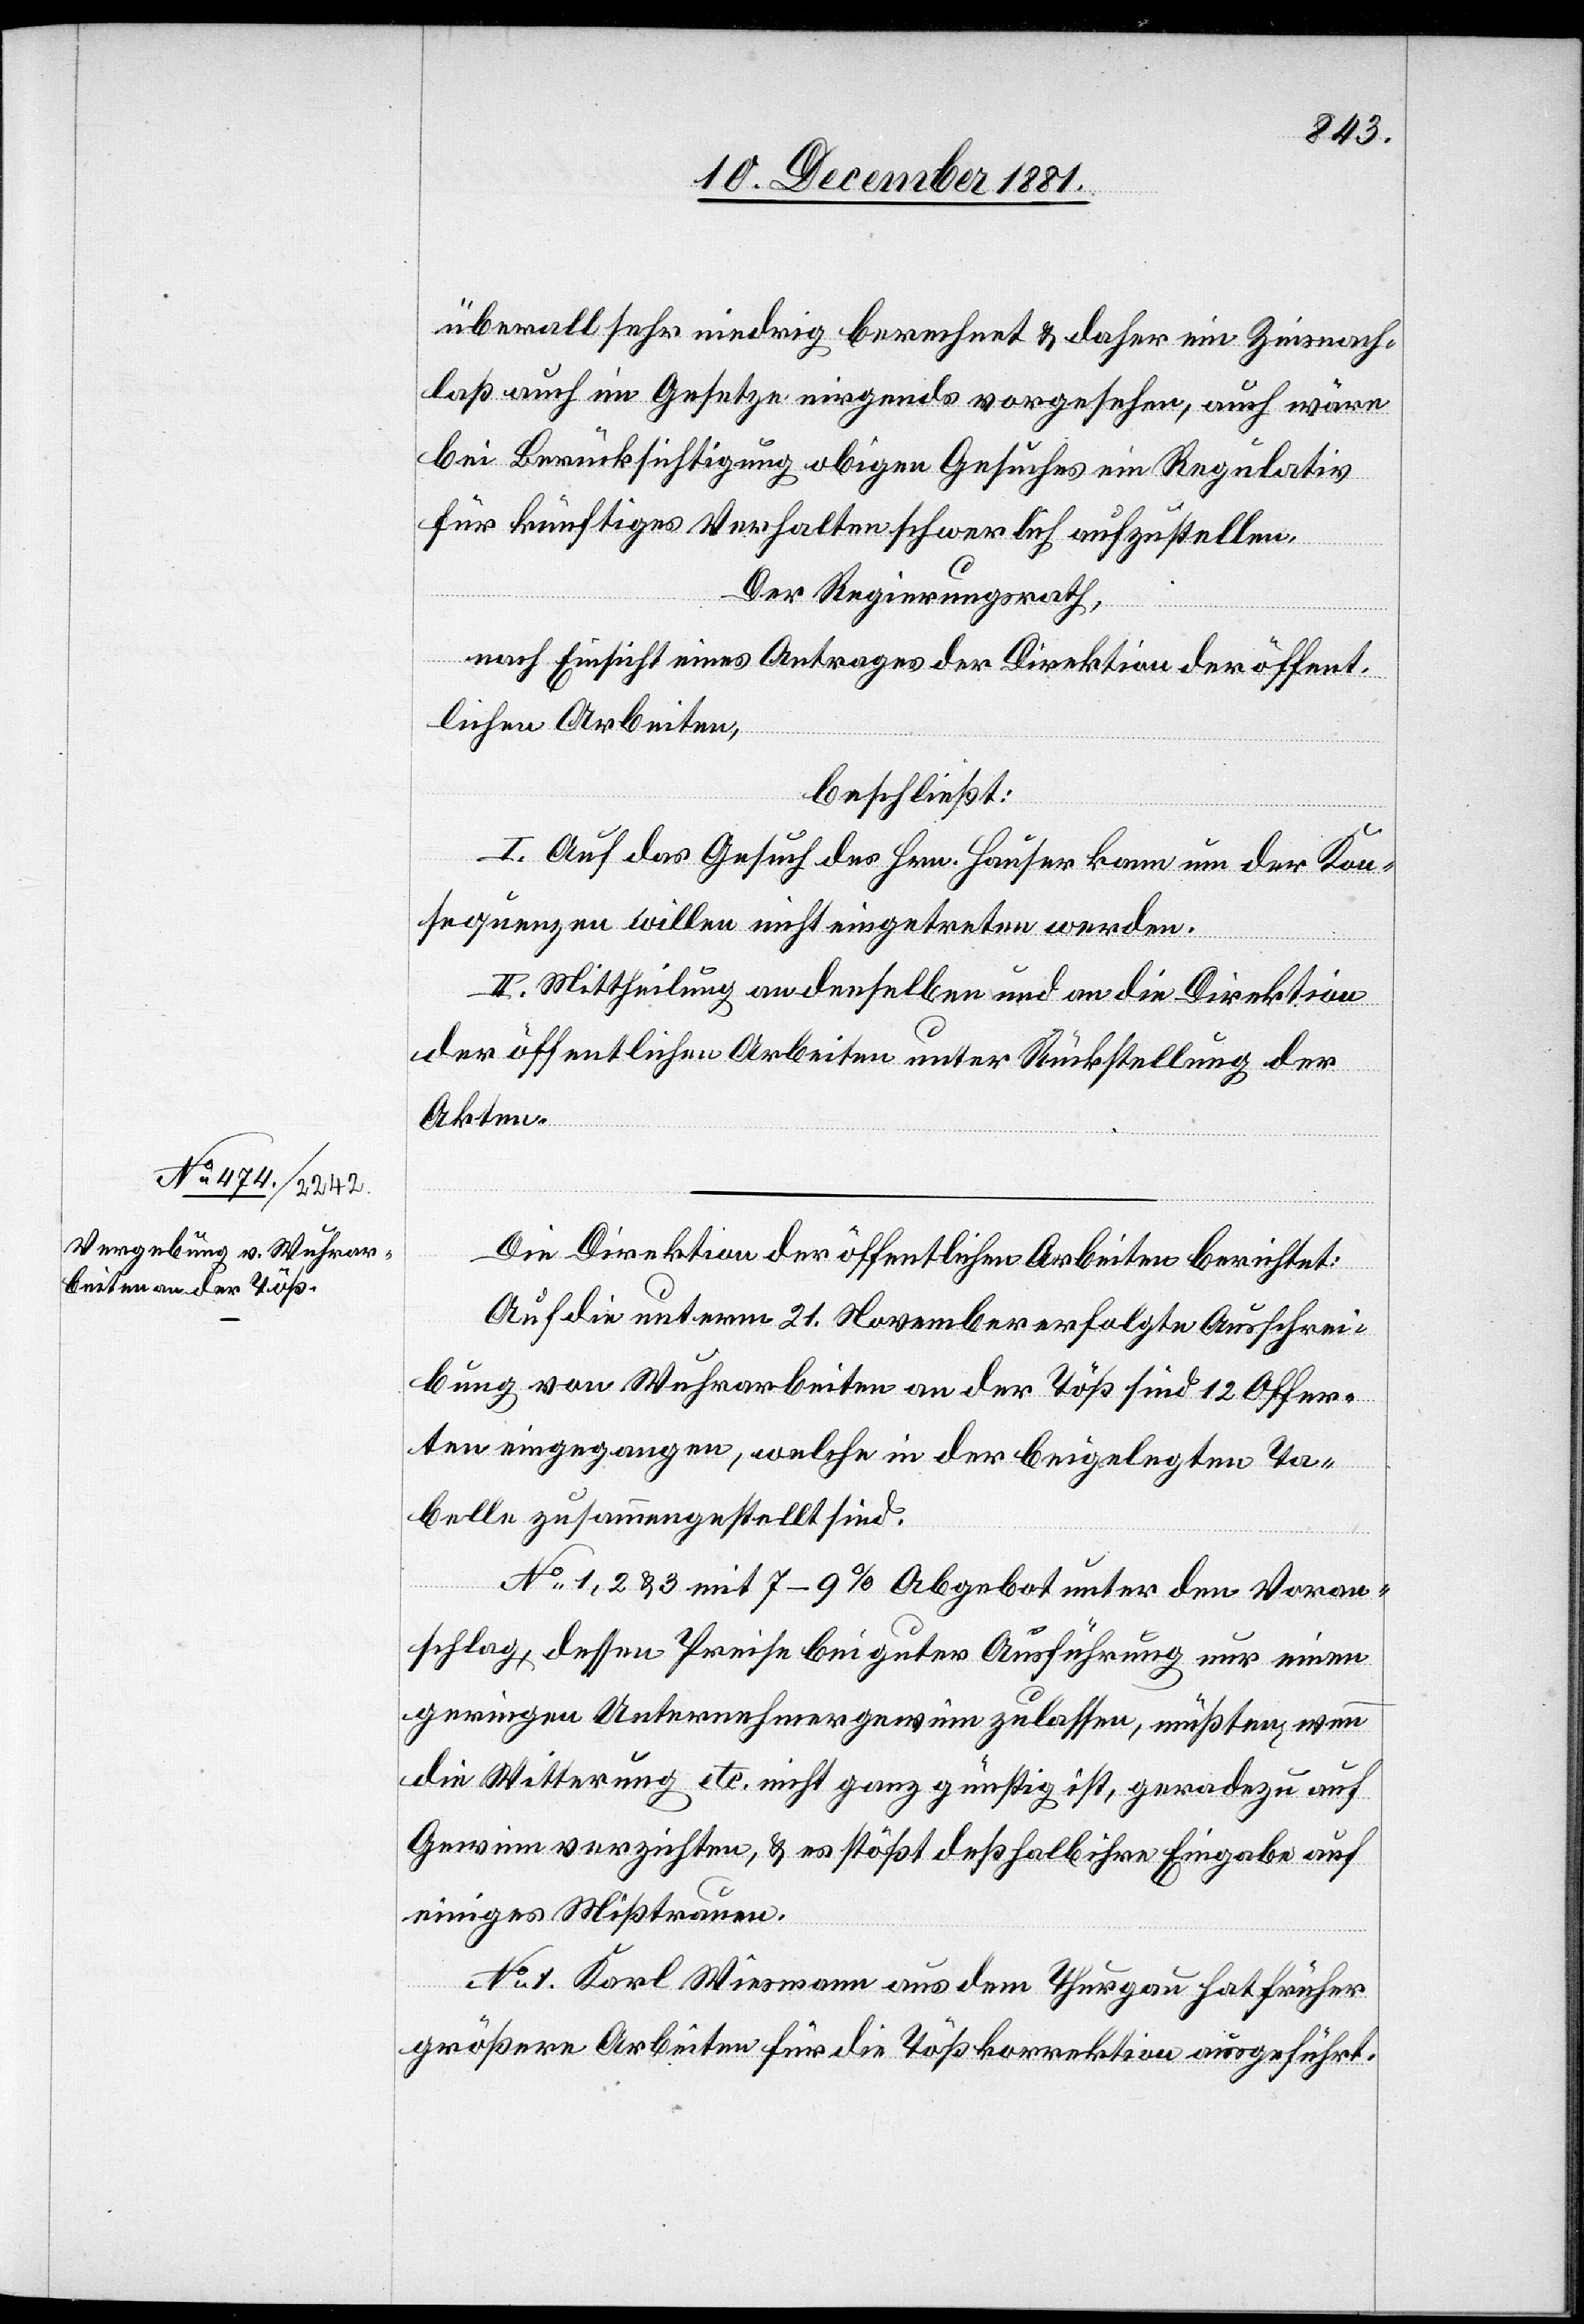
überall sehr niedrig berechnet & daher ein Zinsnach¬
laß auch im Gesetzte nirgends vorgesehen, auch wäre
bei Berücksichtigung obigen Gesuches ein Regulativ
für künftiges Verhalten schwerlich aufzustellen.
Der Regierungsrath,
nach Einsicht eines Antrages der Direktion der öffent¬
lichen Arbeiten,
beschließt:
I. Auf das Gesuch des Hrn. Hauser kann um der Kon¬
sequenzen willen nicht eingetreten werden.
II. Mittheilung an denselben und an die Direktion
der öffentlichen Arbeiten unter Rückstellung der
Akten.